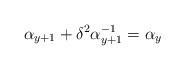
LaTeX: \begin{align*}\alpha_{y+1}+\delta^2{\alpha^{-1}_{y+1}}=\alpha_{y}\end{align*}